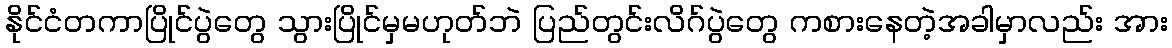
နိုင်ငံတကာပြိုင်ပွဲတွေ သွားပြိုင်မှမဟုတ်ဘဲ ပြည်တွင်းလိဂ်ပွဲတွေ ကစားနေတဲ့အခါမှာလည်း အား